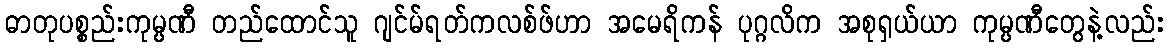
ဓာတုပစ္စည်းကုမ္ပဏီ တည်ထောင်သူ ဂျင်မ်ရတ်ကလစ်ဖ်ဟာ အမေရိကန် ပုဂ္ဂလိက အစုရှယ်ယာ ကုမ္ပဏီတွေနဲ့လည်း